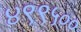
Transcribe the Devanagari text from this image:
४९९५००